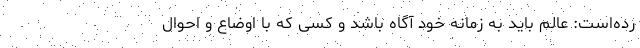
رده‌است: عالم باید به زمانه خود آگاه باشد و کسی که با اوضاع و احوال